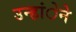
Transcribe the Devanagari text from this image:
उन्हांेने